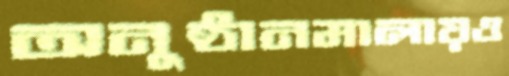
অনুষ্ঠানমালায়ও